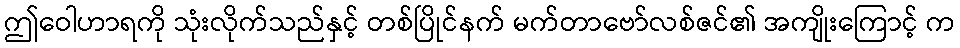
ဤဝေါဟာရကို သုံးလိုက်သည်နှင့် တစ်ပြိုင်နက် မက်တာဗော်လစ်ဇင်၏ အကျိုးကြောင့် က